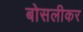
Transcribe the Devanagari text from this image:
बोसलीकर